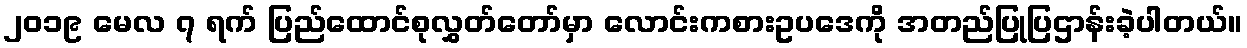
၂၀၁၉ မေလ ၇ ရက် ပြည်ထောင်စုလွှတ်တော်မှာ လောင်းကစားဥပဒေကို အတည်ပြုပြဌာန်းခဲ့ပါတယ်။